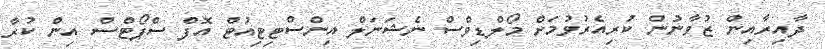
ދާއިރާއިން ޒުވާނުން ކުރިއެރުވުމަށް މޯލްޑިވްސް ނެޝަނަަލް އިންސްޓިޓިއުޓް އޮފް ސްޕޯޓްސް އިން ކުރާ